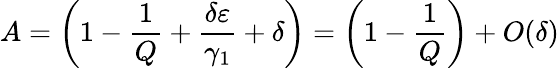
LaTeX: A=\left(1-\frac{1}{Q}+\frac{\delta\varepsilon}{\gamma_{1}}+\delta\right)=\left(1-\frac{1}{Q}\right)+O(\delta)